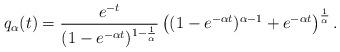
LaTeX: \begin{align*}q_\alpha(t) = \dfrac{e^{-t}}{(1-e^{-\alpha t})^{1- \frac{1}{\alpha}}} \left( (1-e^{- \alpha t})^{\alpha -1}+e^{-\alpha t} \right)^{\frac{1}{\alpha}}.\end{align*}